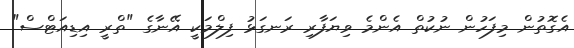
އެގޮތުން މިފަހުން ނުކުތް އެންމެ ވިޔަފާރި ރަނގަޅު ފިލްމަކީ އޭނާގެ "ތްރީ އިޑިއަޓްސް"